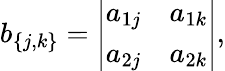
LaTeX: b_{\{ j,k\} }={\left|\begin{array}{ll}{a_{1j}}&{a_{1k}}\\ {a_{2j}}&{a_{2k}}\end{array}\right|},